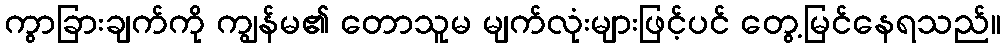
ကွာခြားချက်ကို ကျွန်မ၏ တောသူမ မျက်လုံးများဖြင့်ပင် တွေ့မြင်နေရသည်။